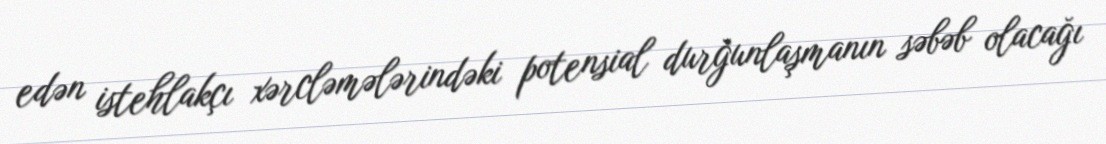
edən istehlakçı xərcləmələrindəki potensial durğunlaşmanın səbəb olacağı